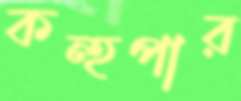
কন্হপার